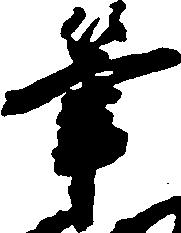
筆